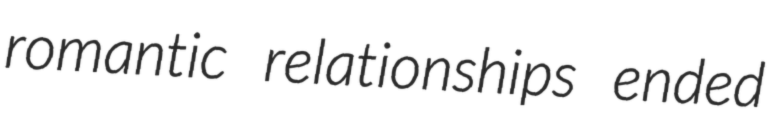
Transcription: romantic relationships ended